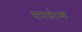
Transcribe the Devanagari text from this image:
सफ्फोल्क